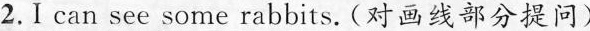
2.I can see some rabbits.(对画线部分提问)